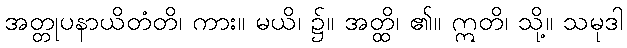
အတ္တုပနာယိတံတိ၊ ကား။ မယိ၊ ၌။ အတ္ထိ၊ ၏။ ဣတိ၊ သို့။ သမုဒါ